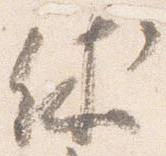
休